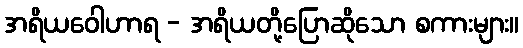
အရိယဝေါဟာရ - အရိယတို့ပြောဆိုသော စကားများ။